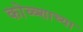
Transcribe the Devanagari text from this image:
कोळ्शाच्या